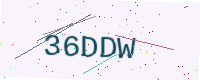
Text: 36DDW